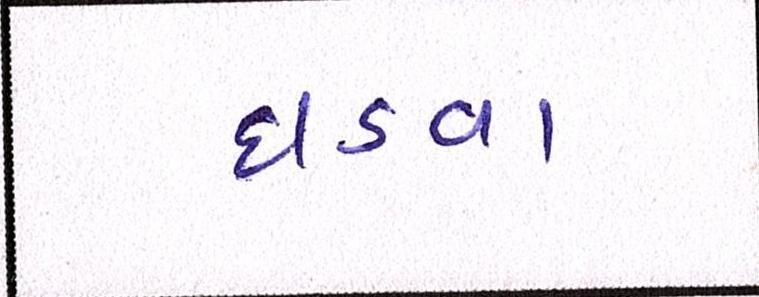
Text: ઘડવા